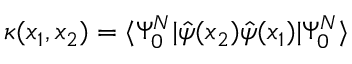
\kappa ( x _ { 1 } , x _ { 2 } ) = \langle \Psi _ { 0 } ^ { N } | \hat { \psi } ( x _ { 2 } ) \hat { \psi } ( x _ { 1 } ) | \Psi _ { 0 } ^ { N } \rangle